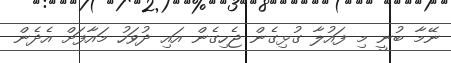
ނޭމާ ބުނީ މި ފައުލާ ގުޅިގެން ޖެހިގެން އައި ދުވަހު މައާފަށް އެދެން